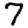
Digit: 7